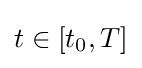
t\in \left[t_{0},T\right]